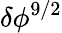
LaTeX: \delta\phi^{9/2}